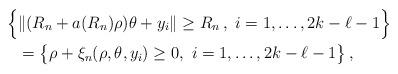
LaTeX: \begin{align*}\Bigl\{ &\|(R_{n}+a(R_{n})\rho)\theta + y_i\| \geq R_n\,, \ i=1,\dots,2k-\ell-1 \Bigr\} \\&=\bigl\{ \rho + \xi_n(\rho, \theta, y_i) \geq 0, \ i=1,\dots,2k-\ell-1 \bigr\}\,,\end{align*}